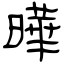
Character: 曄